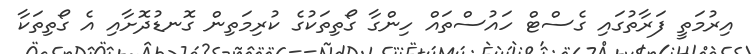
އިރުމަތީ ފަރާތުގައި ގެސްޓް ހައުސްތައް ހިންގާ ގޯތިތަކުގެ ކުރިމަތިން ގޮނޑުދޮށާއި އެ ގޯތިތަކާ